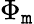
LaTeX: \Phi_{\mathtt{m}}